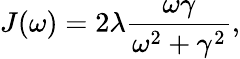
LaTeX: J(\omega)=2\lambda\frac{\omega\gamma}{\omega^{2}+\gamma^{2}},